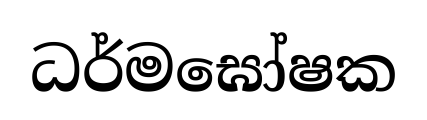
ධර්මඝෝෂක